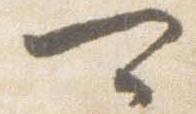
可